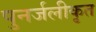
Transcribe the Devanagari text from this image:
पुनर्जलीकृत